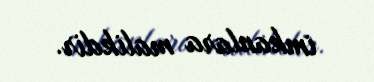
imkanlara malikdir.